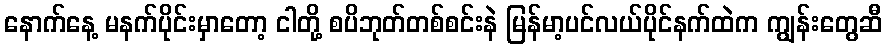
နောက်နေ့ မနက်ပိုင်းမှာတော့ ငါတို့ စပိဘုတ်တစ်စင်းနဲ မြန်မာ့ပင်လယ်ပိုင်နက်ထဲက ကျွန်းတွေဆီ